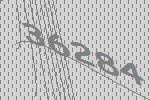
36284